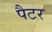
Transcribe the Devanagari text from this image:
पैटर